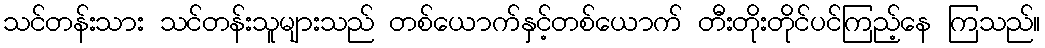
သင်တန်းသား သင်တန်းသူများသည် တစ်ယောက်နှင့်တစ်ယောက် တီးတိုးတိုင်ပင်ကြည့်နေ ကြသည်။